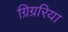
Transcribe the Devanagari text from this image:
ग्रिग्ररिया